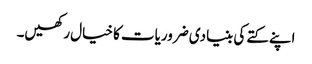
اپنے کتے کی بنیادی ضروریات کا خیال رکھیں۔